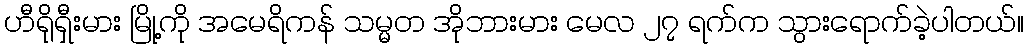
ဟီရိုရှီးမား မြို့ကို အမေရိကန် သမ္မတ အိုဘားမား မေလ ၂၇ ရက်က သွားရောက်ခဲ့ပါတယ်။